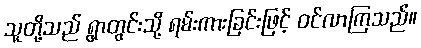
သူတို့သည် ရွာတွင်းသို့ ရမ်းကားခြင်းဖြင့် ဝင်လာကြသည်။